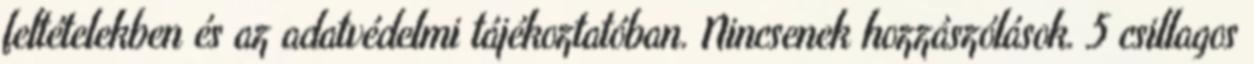
feltételekben és az adatvédelmi tájékoztatóban. Nincsenek hozzászólások. 5 csillagos